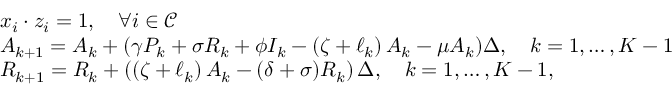
\begin{array} { r l } & { x _ { i } \cdot z _ { i } = 1 , \quad \forall i \in \mathcal { C } } \\ & { A _ { k + 1 } = A _ { k } + ( \gamma P _ { k } + \sigma R _ { k } + \phi I _ { k } - \left( \zeta + \ell _ { k } \right) A _ { k } - \mu A _ { k } ) \Delta , \quad k = 1 , \dots , K - 1 } \\ & { R _ { k + 1 } = R _ { k } + \left( \left( \zeta + \ell _ { k } \right) A _ { k } - ( \delta + \sigma ) R _ { k } \right) \Delta , \quad k = 1 , \dots , K - 1 , } \end{array}